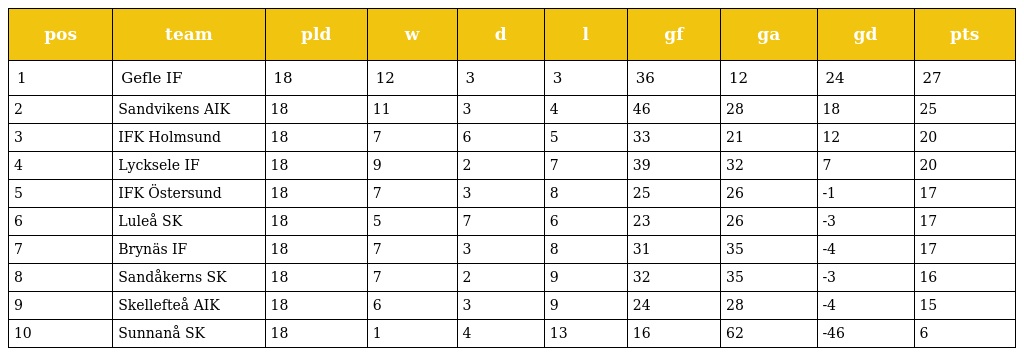
| pos | team | pld | w | d | l | gf | ga | gd | pts |
 | --- | --- | --- | --- | --- | --- | --- | --- | --- | --- |
 | 1 | Gefle IF | 18 | 12 | 3 | 3 | 36 | 12 | 24 | 27 |
 | 2 | Sandvikens AIK | 18 | 11 | 3 | 4 | 46 | 28 | 18 | 25 |
 | 3 | IFK Holmsund | 18 | 7 | 6 | 5 | 33 | 21 | 12 | 20 |
 | 4 | Lycksele IF | 18 | 9 | 2 | 7 | 39 | 32 | 7 | 20 |
 | 5 | IFK Östersund | 18 | 7 | 3 | 8 | 25 | 26 | -1 | 17 |
 | 6 | Luleå SK | 18 | 5 | 7 | 6 | 23 | 26 | -3 | 17 |
 | 7 | Brynäs IF | 18 | 7 | 3 | 8 | 31 | 35 | -4 | 17 |
 | 8 | Sandåkerns SK | 18 | 7 | 2 | 9 | 32 | 35 | -3 | 16 |
 | 9 | Skellefteå AIK | 18 | 6 | 3 | 9 | 24 | 28 | -4 | 15 |
 | 10 | Sunnanå SK | 18 | 1 | 4 | 13 | 16 | 62 | -46 | 6 |